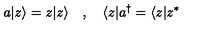
a | z \rangle = z | z \rangle \quad , \quad \langle z | a ^ { \dagger } = \langle z | z ^ { * }